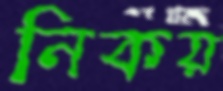
নিকয়